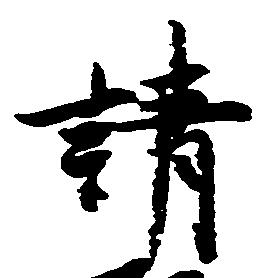
請